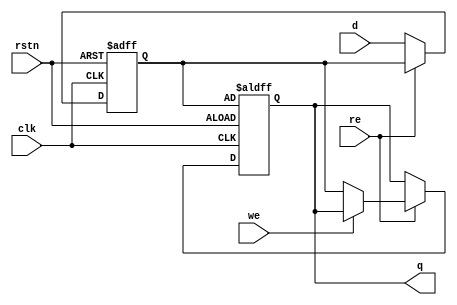
module dff (input d, input re, input we, input rstn, input clk, output reg q);

	reg value;
	always @(posedge clk or negedge rstn)
	begin
		if (!rstn) 
		begin 
			value <=0;
			q<=value;
		end
		else if (!re) value<=d;
		else if (!we) q<=value;
		//$display("value = 0x%0h",value);
	end
endmodule